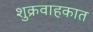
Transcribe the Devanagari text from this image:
शुक्रवाहकात